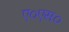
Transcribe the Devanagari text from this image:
ए०एस०